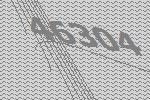
46304